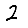
Digit: 2